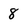
Character: 8